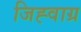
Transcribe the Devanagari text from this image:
जिह्वाग्र